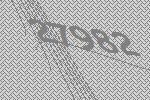
27982